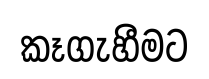
කෑගැහීමට